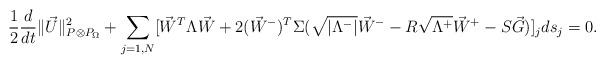
LaTeX: \begin{align*}\dfrac{1}{2} \dfrac{d}{dt} \| \vec U \|_{P \otimes P_{\Omega}}^2 + \sum_{j=1,N} \lbrack \vec W^T \Lambda \vec W + 2 (\vec W^-)^T \Sigma(\sqrt{|\Lambda^-|} \vec W^- - R \sqrt{\Lambda^+} \vec W^+ - S \vec G) \rbrack_j ds_j=0.\end{align*}